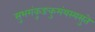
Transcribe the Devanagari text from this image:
सुभगंकुङकुमंयस्यसुते